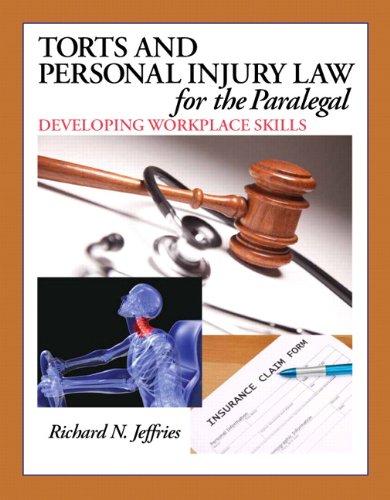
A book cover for Torts and Personal Injury Law for the Paralegal: Developing Workplace Skills; Richard Jeffries; Law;